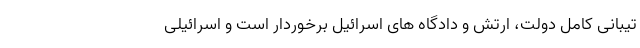
تیبانی کامل دولت، ارتش و دادگاه های اسرائیل برخوردار است و اسرائیلی